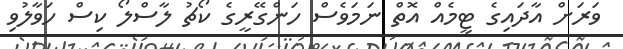
ވަރަށް އާދައިގެ ޓީމެއް އޮތް ނަމަވެސް ހަންގޭރީގެ ކޯޗު ލާސްލޯ ކިސް ހަވާލުވި